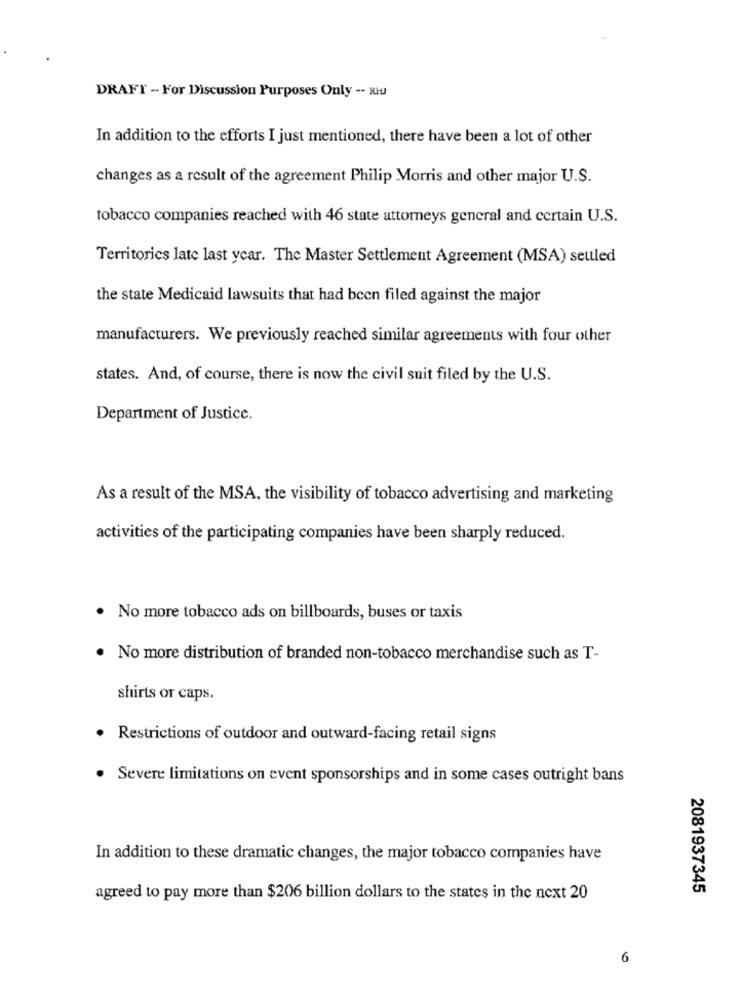
DRAFT - For Discussion Purposes Only -- XHJ
In addition to the efforts I just mentioned, there have been a lot of other
changes as a result of the agreement Philip Morris and other major U.S.
tobacco companies reached with 46 state attorneys general and certain U.S.
Territories late last year. The Master Settlement Agreement (MSA) settled
the state Medicaid lawsuits that had been filed against the major
manufacturers. We previously reached similar agreements with four other
states. And, of course, there is now the civil suit filed by the U.S.
Department of Justice.
As a result of the MSA, the visibility of tobacco advertising and marketing
activities of the participating companies have been sharply reduced.
. No more tobacco ads on billboards, buses or taxis
· No more distribution of branded non-tobacco merchandise such as T-
shirts or caps.
· Restrictions of outdoor and outward-facing retail signs
· Severe limitations on event sponsorships and in some cases outright bans
In addition to these dramatic changes, the major tobacco companies have
2081937345
agreed to pay more than $206 billion dollars to the states in the next 20
6